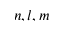
n , l , m